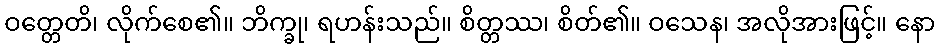
ဝတ္တေတိ၊ လိုက်စေ၏။ ဘိက္ခု၊ ရဟန်းသည်။ စိတ္တဿ၊ စိတ်၏။ ဝသေန၊ အလိုအားဖြင့်။ နော